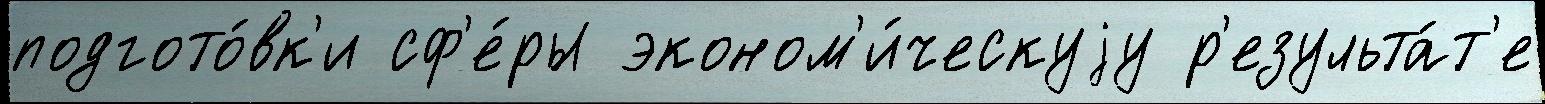
подгото́вк'и сф'е́ры эконом'и́ческуjу р'езульта́т'е